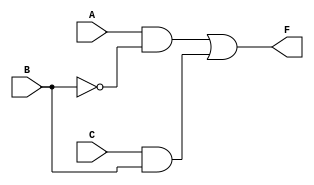
`timescale 1ns/1ns
module circuit(A, B, C, F);

	input A, B, C;
	output F;

	wire D, E, W;
	not not_1(W, B);
	and #5 ( D, A, W);
	and #10( E, C, B);
	or( F, D, E);
endmodule